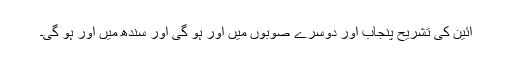
آئین کی تشریح پنجاب اور دوسرے صوبوں میں اور ہو گی اور سندھ میں اور ہو گی۔